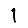
Digit: 1